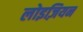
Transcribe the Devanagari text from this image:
लोइज़ियन